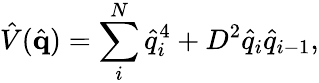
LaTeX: \hat{V}(\hat{\textbf{q}})=\sum_{i}^{N}\hat{q}_{i}^{4}+D^{2}\hat{q}_{i}\hat{q}_{i-1},